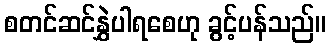
စတင်ဆင်နွှဲပါရစေဟု ခွင့်ပန်သည်။